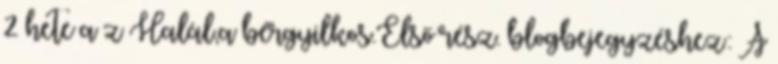
2 hete a z Halál,a bérgyilkos.Első rész. blogbejegyzéshez: A